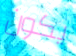
يكون